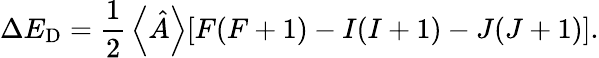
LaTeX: \Delta E_{\mathrm{D}}={\frac{1}{2}}\left\langle{\hat{A}}\right\rangle[F(F+1)-I(I+1)-J(J+1)].